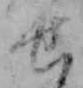
せ